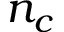
n _ { c }